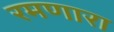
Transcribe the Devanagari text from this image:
रमणारा